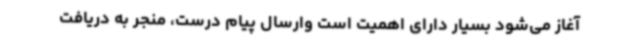
آغاز می‌شود بسیار دارای اهمیت است وارسال پیام درست، منجر به دریافت